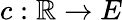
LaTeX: c:\mathbb{R}\to E